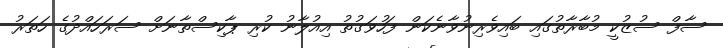
ސާފް ސުޒުކީ މުބާރާތުގައި ބައިވެރިނުވާނެކަން ފަހުވަގުތު އިއުލާނު ކުރި ޕާކިސްތާނަށް ސަރަހައްދުގެ ހަތަރު